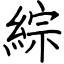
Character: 綜